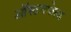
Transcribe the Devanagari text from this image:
ऑस्टनफेल्ड